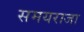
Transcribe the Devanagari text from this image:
समयराजा